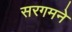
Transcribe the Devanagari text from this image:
सरगमने